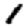
Digit: 1